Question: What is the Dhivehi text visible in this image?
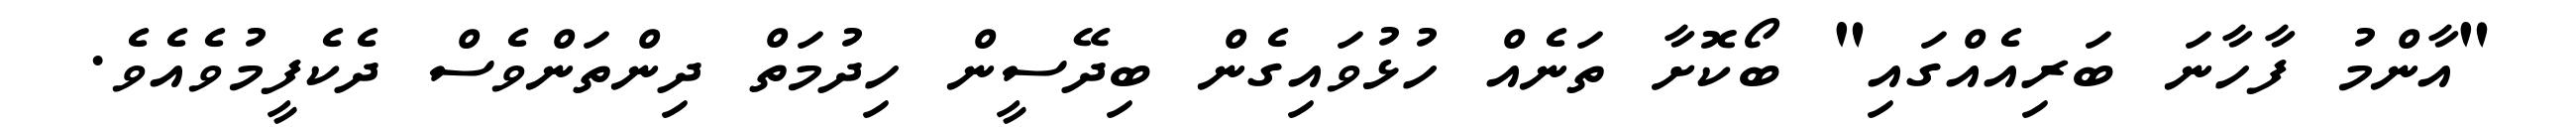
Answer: "އާންމު ފާހާނަ ބަރިއެއްގައި" ބޯކޮށާ ތަނެއް ހުޅުވައިގެން ބިދޭސީން ހިދުމަތް ދިންތަންވެސް ދެކެފީމުވެއެވެ.